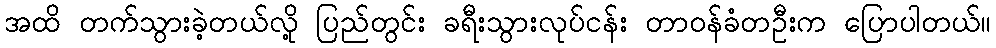
အထိ တက်သွားခဲ့တယ်လို့ ပြည်တွင်း ခရီးသွားလုပ်ငန်း တာဝန်ခံတဦးက ပြောပါတယ်။